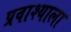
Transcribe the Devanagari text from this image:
प्रवाश्याला